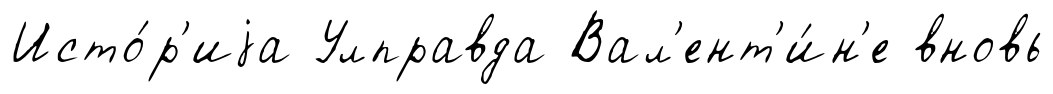
Исто́р'иjа Улправда Вал'ент'и́н'е вновь